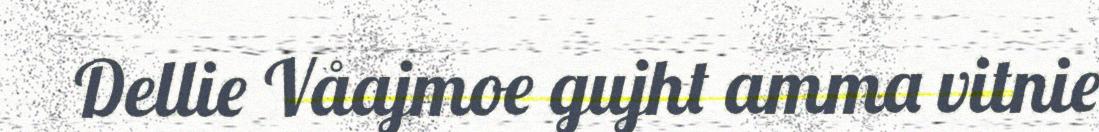
Dellie Våajmoe gujht amma vitnie